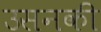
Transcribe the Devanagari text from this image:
उसनकी